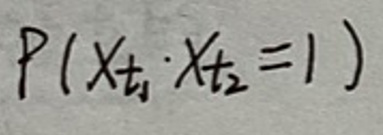
$P(X_{t_1} \cdot X_{t_2} = 1)$